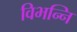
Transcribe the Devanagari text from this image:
विभन्नि